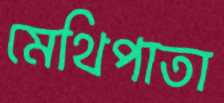
মেথিপাতা